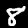
Label: 8